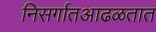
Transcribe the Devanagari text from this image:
निसर्गातआढळतात